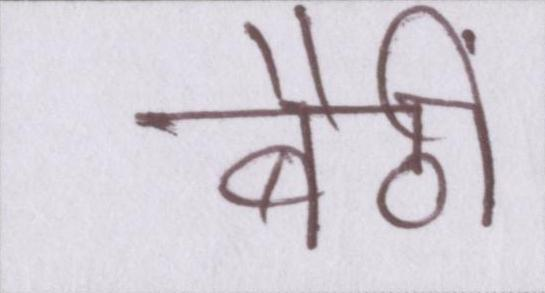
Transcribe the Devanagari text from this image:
बैठीं